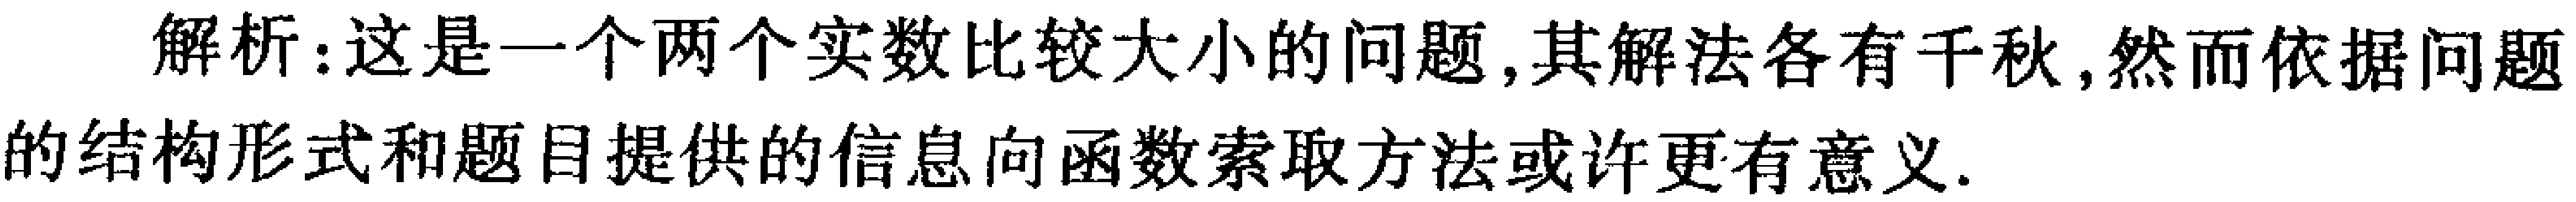
解析：这是一个两个实数比较大小的问题,其解法各有千秋,然而依据问题的结构形式和题目提供的信息向函数索取方法或许更有意义.